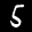
Label: 5